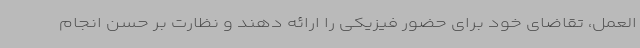
العمل، تقاضای خود برای حضور فیزیکی را ارائه دهند و نظارت بر حسن انجام